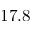
1 7 . 8